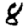
Digit: 8